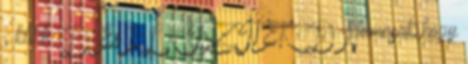
; klikk :D És ELHISZITEK :D Nemcsak hogy